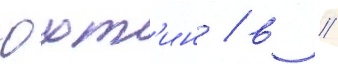
Юхт'ин / в //